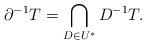
LaTeX: \begin{align*}\partial^{-1} T=\bigcap_{D\in U^\ast}D^{-1}T.\end{align*}